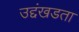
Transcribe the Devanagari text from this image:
उद्दंखडता